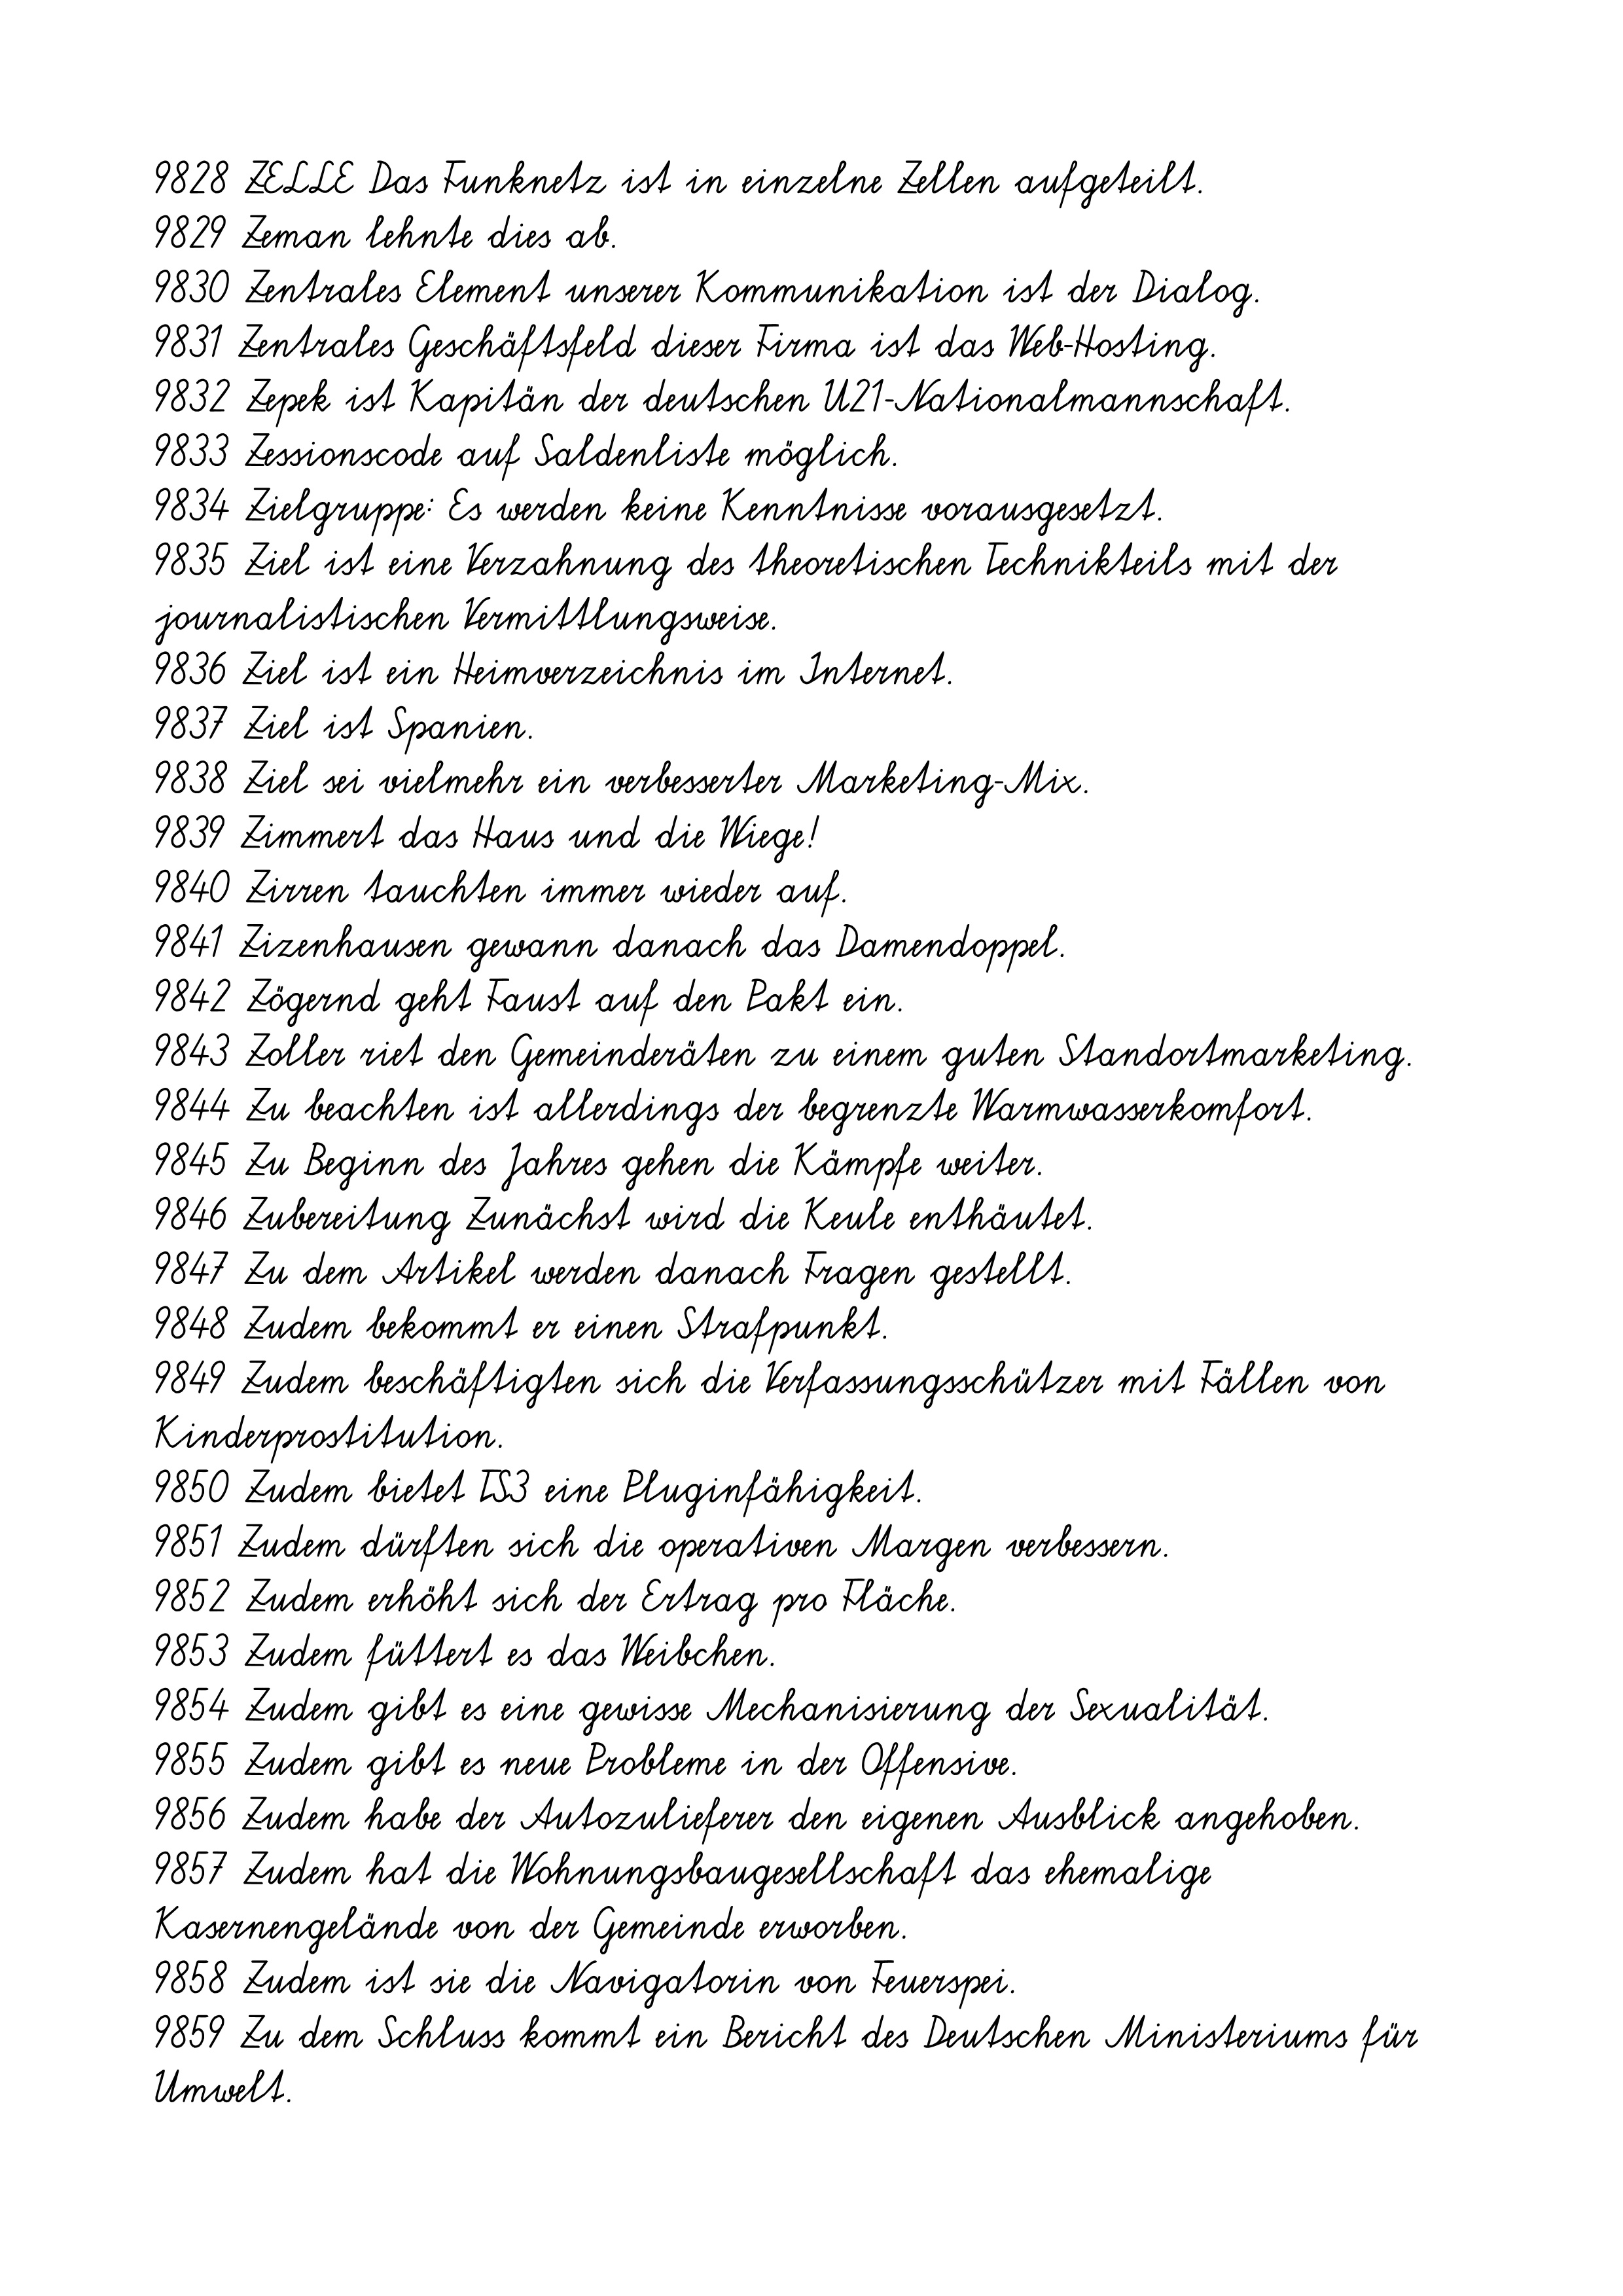
9828 ZELLE Das Funknetz ist in einzelne Zellen aufgeteilt.
9829 Zeman lehnte dies ab.
9830 Zentrales Element unserer Kommunikation ist der Dialog.
9831 Zentrales Geschäftsfeld dieser Firma ist das Web-Hosting.
9832 Zepek ist Kapitän der deutschen U21-Nationalmannschaft.
9833 Zessionscode auf Saldenliste möglich.
9834 Zielgruppe: Es werden keine Kenntnisse vorausgesetzt.
9835 Ziel ist eine Verzahnung des theoretischen Technikteils mit der
journalistischen Vermittlungsweise.
9836 Ziel ist ein Heimverzeichnis im Internet.
9837 Ziel ist Spanien.
9838 Ziel sei vielmehr ein verbesserter Marketing-Mix.
9839 Zimmert das Haus und die Wiege!
9840 Zirren tauchten immer wieder auf.
9841 Zizenhausen gewann danach das Damendoppel.
9842 Zögernd geht Faust auf den Pakt ein.
9843 Zoller riet den Gemeinderäten zu einem guten Standortmarketing.
9844 Zu beachten ist allerdings der begrenzte Warmwasserkomfort.
9845 Zu Beginn des Jahres gehen die Kämpfe weiter.
9846 Zubereitung Zunächst wird die Keule enthäutet.
9847 Zu dem Artikel werden danach Fragen gestellt.
9848 Zudem bekommt er einen Strafpunkt.
9849 Zudem beschäftigten sich die Verfassungsschützer mit Fällen von
Kinderprostitution.
9850 Zudem bietet TS3 eine Pluginfähigkeit.
9851 Zudem dürften sich die operativen Margen verbessern.
9852 Zudem erhöht sich der Ertrag pro Fläche.
9853 Zudem füttert es das Weibchen.
9854 Zudem gibt es eine gewisse Mechanisierung der Sexualität.
9855 Zudem gibt es neue Probleme in der Offensive.
9856 Zudem habe der Autozulieferer den eigenen Ausblick angehoben.
9857 Zudem hat die Wohnungsbaugesellschaft das ehemalige
Kasernengelände von der Gemeinde erworben.
9858 Zudem ist sie die Navigatorin von Feuerspei.
9859 Zu dem Schluss kommt ein Bericht des Deutschen Ministeriums für
Umwelt.